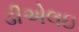
ડીએલઇ